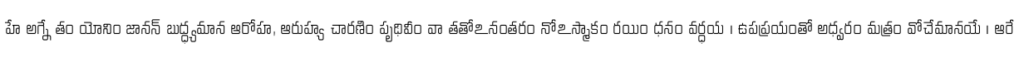
హే అగ్నే తం యోనిం జానన్ బుద్ధ్యమాన ఆరోహ, ఆరుహ్య చారణిం పృథివీం వా తతోఽనంతరం నోఽస్మాకం రయిం ధనం వర్ధయ । ఉపప్రయంతో అధ్వరం మత్రం వోచేమానయే । ఆరే